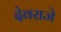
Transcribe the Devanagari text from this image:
देवराजे